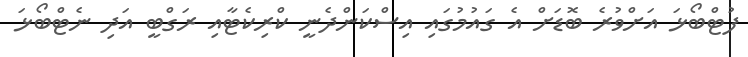
ފުޓްބޯޅަ އަށްވުރެ ބޮޑަށް އެ ގައުމުގައި އިސްކަންދެނީ ކްރިކެޓާއި ރަގްބީ އަދި ނެޓްބޯޅަ